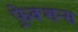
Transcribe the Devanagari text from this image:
फ़्रेक्शन्स